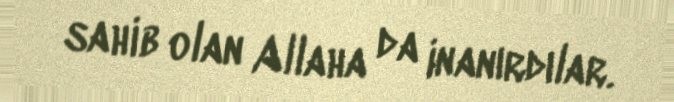
sahib olan Allaha da inanırdılar.